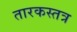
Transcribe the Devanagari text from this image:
तारकस्तत्र